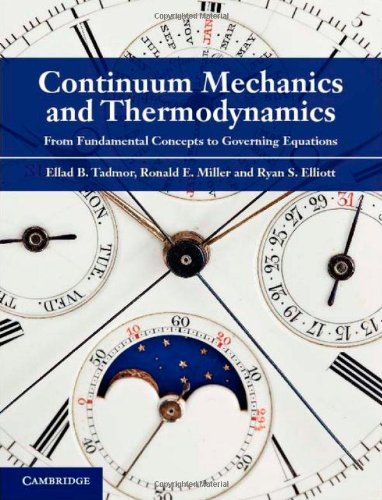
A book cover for Continuum Mechanics and Thermodynamics: From Fundamental Concepts to Governing Equations; Ellad B. Tadmor; Science & Math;